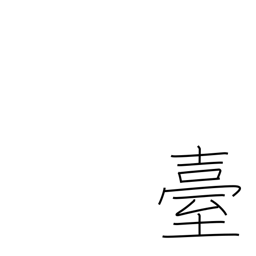
Meaning: stand